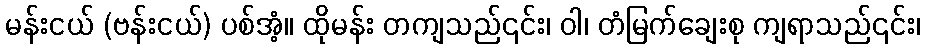
မန်းငယ် (ဗန်းငယ်) ပစ်အံ့။ ထိုမန်း တကျသည်၎င်း၊ ဝါ၊ တံမြက်ချေးစု ကျရာသည်၎င်း၊